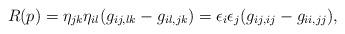
LaTeX: \begin{align*}R(p)=\eta_{jk}\eta_{il}(g_{ij,lk}-g_{il,jk})=\epsilon_i\epsilon_j(g_{ij,ij}-g_{ii,jj}),\end{align*}